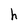
Character: h